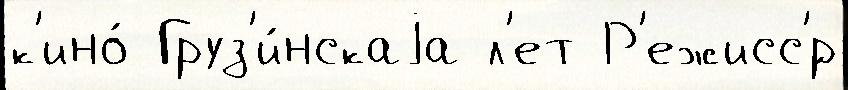
к'ино́ Груз'и́нскаjа л'ет Р'ежисс'́р